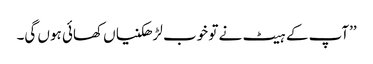
’’آپ کے ہیٹ نے تو خوب لڑھکنیاں کھائی ہوں گی۔